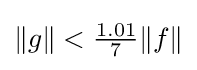
{\textstyle \|g\|<{\frac {1.01}{7}}\|f\|}